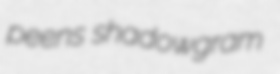
peens shadowgram